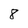
Character: 8